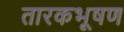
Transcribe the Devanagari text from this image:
तारकभूषण